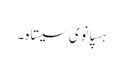
ہسپانوی سیستاہ ۔